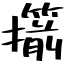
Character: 擶